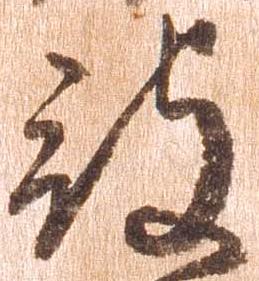
被